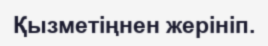
Қызметіңнен жерініп.